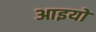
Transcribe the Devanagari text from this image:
आइयो